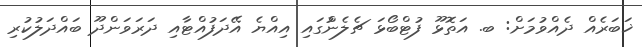
ޚަބަރެއް ދެއްވުމަށް: ބ. އަތޮޅޫ ފުޓްބޯޅަ ޗެލެންުގައި އިއްޔެ އޭދަފުއްޓާއި ދަރަވަންދޫ ބައްދަލުކުރި